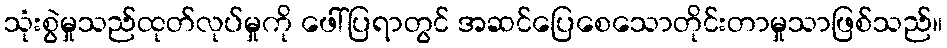
သုံးစွဲမှုသည်ထုတ်လုပ်မှုကို ဖေါ်ပြရာတွင် အဆင်ပြေစေသောတိုင်းတာမှုသာဖြစ်သည်။